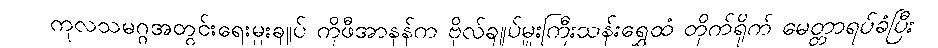
ကုလသမဂ္ဂအတွင်းရေးမှူးချုပ် ကိုဖီအာနန်က ဗိုလ်ချုပ်မှူးကြီးသန်းရွှေထံ တိုက်ရိုက် မေတ္တာရပ်ခံပြီး